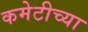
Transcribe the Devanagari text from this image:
कमेटीच्या